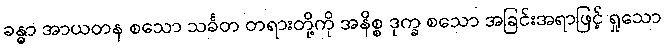
ခန္ဓာ အာယတန စသော သင်္ခတ တရားတို့ကို အနိစ္စ ဒုက္ခ စသော အခြင်းအရာဖြင့် ရှုသော